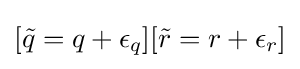
[{\tilde {q}}=q+\epsilon _{q}][{\tilde {r}}=r+\epsilon _{r}]